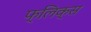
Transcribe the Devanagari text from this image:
फ्लिक्स